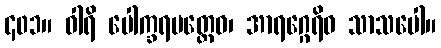
၄၀၁။ ဝါရိ ပေါက္ခရပတ္တေဝ၊ အာရဂ္ဂေရိဝ သာသပေါ။